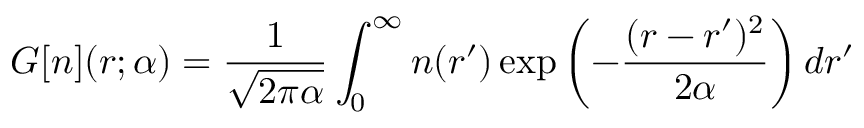
G [ n ] ( r ; \alpha ) = \frac { 1 } { \sqrt { 2 \pi \alpha } } \int _ { 0 } ^ { \infty } n ( r ^ { \prime } ) \exp \left( - \frac { ( r - r ^ { \prime } ) ^ { 2 } } { 2 \alpha } \right) d r ^ { \prime }